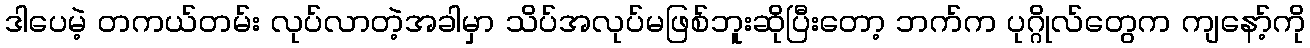
ဒါပေမဲ့ တကယ်တမ်း လုပ်လာတဲ့အခါမှာ သိပ်အလုပ်မဖြစ်ဘူးဆိုပြီးတော့ ဘက်က ပုဂ္ဂိုလ်တွေက ကျနော့်ကို